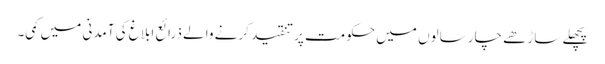
پچھلے ساڑھے چار سالوں میں حکومت پر تنقید کرنے والے ذرائع ابلاغ کی آمدنی میں کمی۔